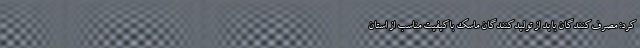
کرد: مصرف‌کنندگان باید از تولیدکنندگان ماسک باکیفیت مناسب از استان